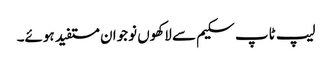
لیپ ٹاپ سکیم سے لاکھوں نوجوان مستفید ہوئے۔